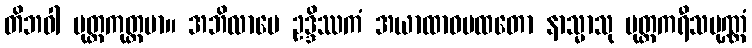
တိဘဝါ မုတ္တကုတ္တမာ။ အဘိလာပေ ဥဒ္ဒိဿကံ အယာထာဝပထတော နာသ္မာသု မုတ္တကရီသပုဏ္ဏံ